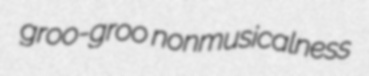
groo-groo nonmusicalness